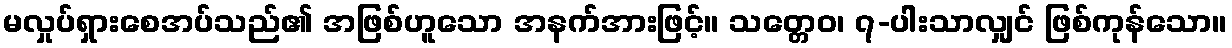
မလှုပ်ရှားစေအပ်သည်၏ အဖြစ်ဟူသော အနက်အားဖြင့်။ သတ္တေဝ၊ ၇-ပါးသာလျှင် ဖြစ်ကုန်သော။